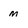
Character: m